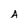
Character: A